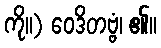
ကို။) ဝေဒိတဗ္ဗံ၊ ၏။